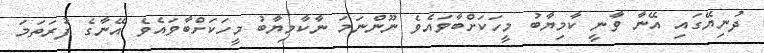
ދުނިޔޭގައި އޭނާ ވާނީ ކާމިޔާބު މީހަކަށްބާވައެވެ ނޫންނަމަ ނާކާމިޔާބު މީހަކަށްބާވައެވެ އޭނާގެ ފުރަތަމަ